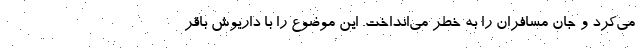
می‌کرد و جان مسافران را به خطر می‌انداخت. این موضوع را با داریوش باقر